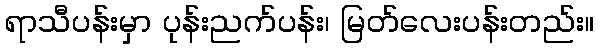
ရာသီပန်းမှာ ပုန်းညက်ပန်း၊ မြတ်လေးပန်းတည်း။